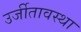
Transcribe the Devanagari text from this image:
उर्जीतावस्था